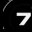
Digit: 7